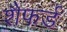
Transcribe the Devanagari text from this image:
शैफर्ड